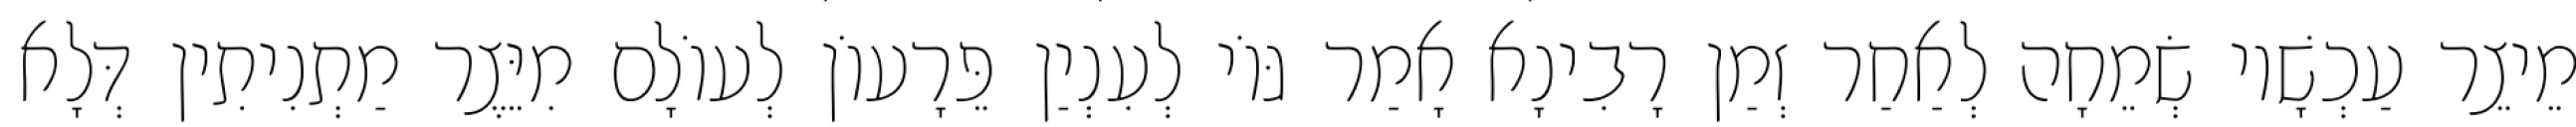
מֵיצֵר עַכְשָׁיו שְׂמֵחָה לְאַחַר זְמַן רָבִינָא אָמַר גּוֹי לְעִנְיַן פֵּרָעוֹן לְעוֹלָם מִיֵּצֶר מַתְנִיתִין דְּלָא